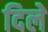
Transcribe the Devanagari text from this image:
दिलेे